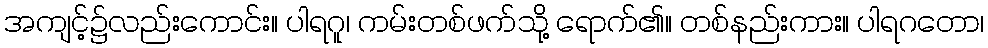
အကျင့်၌လည်းကောင်း။ ပါရဂူ၊ ကမ်းတစ်ဖက်သို့ ရောက်၏။ တစ်နည်းကား။ ပါရဂတော၊